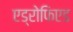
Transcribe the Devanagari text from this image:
एड्रोफिएड